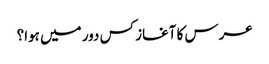
عرس کا آغاز کس دور میں ہوا؟